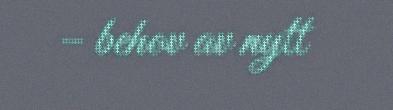
– behov av nytt